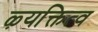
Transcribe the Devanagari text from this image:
ऴ्यक्तित्व